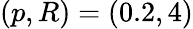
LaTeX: (p,R)=(0.2,4)